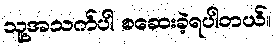
သူ့အသက်ပါ စဆေးခဲ့ရပါတယ်။